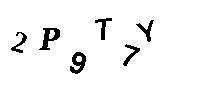
2P9T7Y